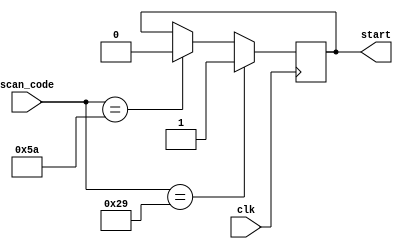
module start_state(clk, start, scan_code);
	
	 
	 input [7:0] scan_code; 
	 
    input clk;
	 output reg start;

	
	 
	initial start <= 0;
	parameter SPACE = 8'h29;
	parameter ENTER = 8'h5A;
	
	always @(posedge clk)
			begin
			if (scan_code == SPACE)
				start <= 1;
			else if (scan_code == ENTER)
				start <= 0;
			end

	

endmodule